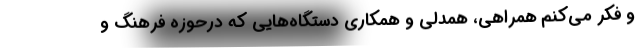
و فکر می‌کنم همراهی، همدلی و همکاری دستگاه‌هایی که درحوزه فرهنگ و